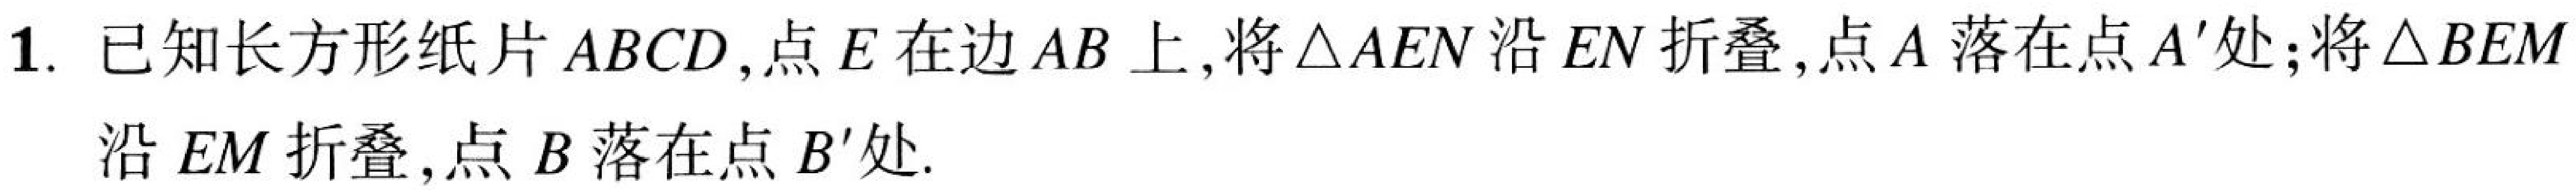
1. 已知长方形纸片\(ABCD\)，点\(E\)在边\(AB\)上，将\(\triangle AEN\)沿\(EN\)折叠，点\(A\)落在点\(A'\)处；将\(\triangle BEM\)沿\(EM\)折叠，点\(B\)落在点\(B'\)处.